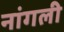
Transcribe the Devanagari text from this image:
नांगली